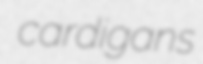
cardigans